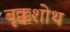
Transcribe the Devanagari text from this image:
बृक्कशोथ